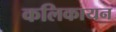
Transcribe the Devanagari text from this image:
कलिकायन